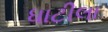
ધાટીલા